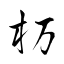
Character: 杤